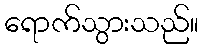
ရောက်သွားသည်။